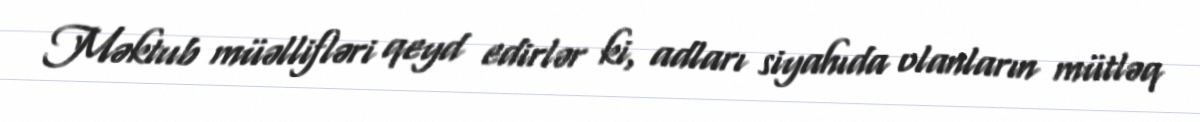
Məktub müəllifləri qeyd edirlər ki, adları siyahıda olanların mütləq